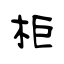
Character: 柜